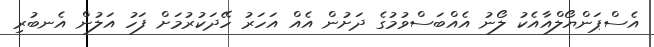
އެސްޕަންޔޯލްއާއެކު ލޯނު އެއްބަސްވުމުގެ ދަށުން އެއް އަހަރު ހޭދަކުރުމަށް ފަހު އަލުން އެނބުރި